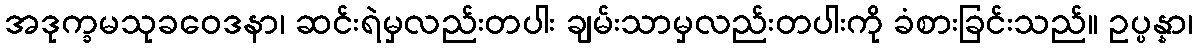
အဒုက္ခမသုခဝေဒနာ၊ ဆင်းရဲမှလည်းတပါး ချမ်းသာမှလည်းတပါးကို ခံစားခြင်းသည်။ ဥပ္ပန္နာ၊